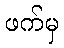
ဖက်မှ